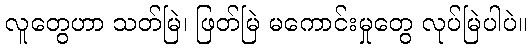
လူတွေဟာ သတ်မြဲ၊ ဖြတ်မြဲ မကောင်းမှုတွေ လုပ်မြဲပါပဲ။